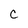
Character: C